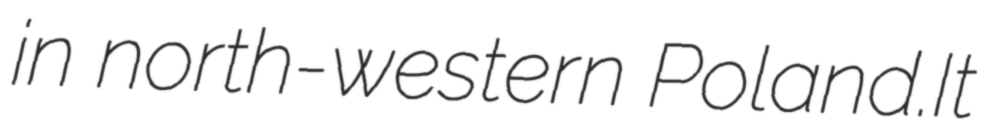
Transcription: in north-western Poland.It